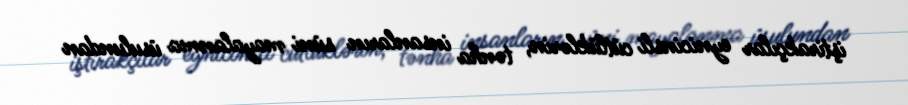
iştirakçılar eynicinsli cütlüklərin, tənha insanların süni mayalanma üsulundan